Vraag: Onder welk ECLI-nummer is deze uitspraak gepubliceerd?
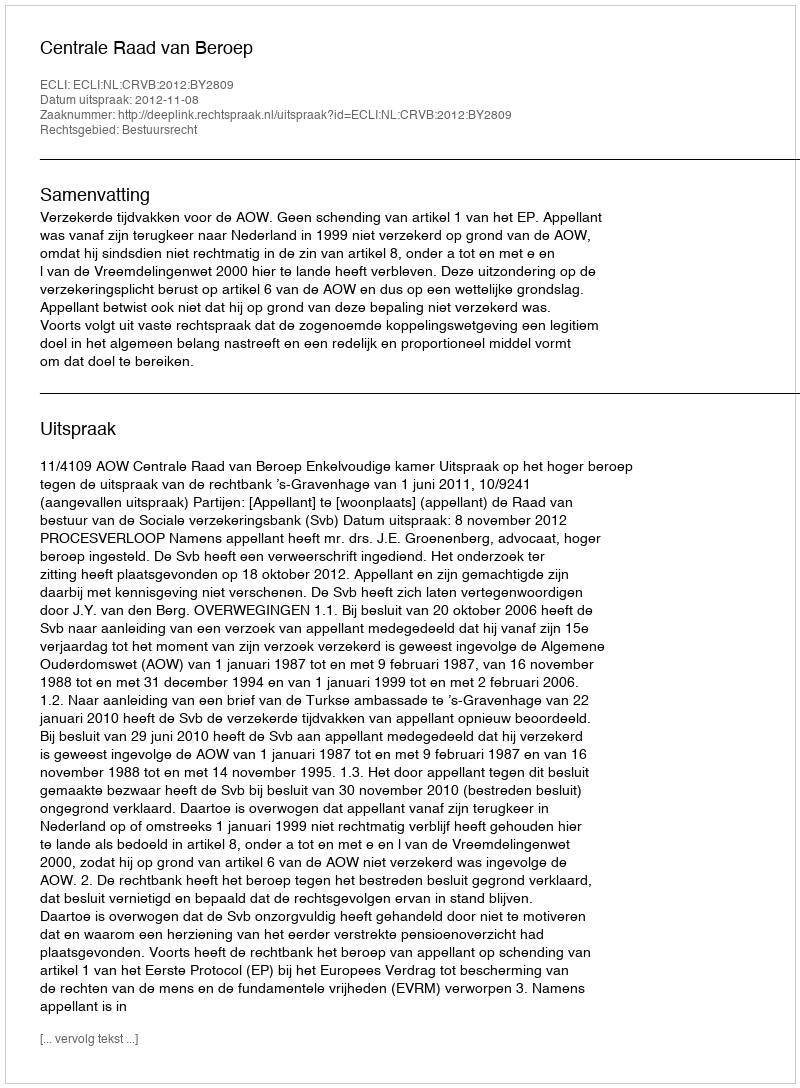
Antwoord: ECLI:NL:CRVB:2012:BY2809